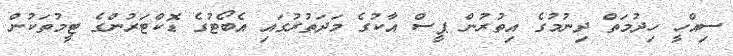
ސިއްހީ ހިދުމަތް ދިނުމުގެ އިތުރުން ޕީސް އާކުގެ މަދަތުރުގައި އެބޯޓުގެ ޑޮކްޓަރުންގެ ޓީމުތަކުން